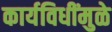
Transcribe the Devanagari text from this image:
कार्यविधींमुळे